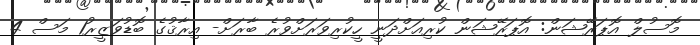
މޮސުލް އޮޕަރޭޝަން: އޮޕަރޭޝަން ކުރިއަށްދަނީ ހީކުރިވަރަށްވުރެ ބާރަށް- އިރާޤުގެ ބޮޑުވަޒީރު1 މަސް 4